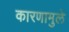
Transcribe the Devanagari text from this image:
कारणामुले